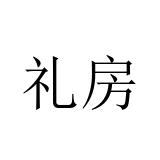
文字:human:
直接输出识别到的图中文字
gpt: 礼房